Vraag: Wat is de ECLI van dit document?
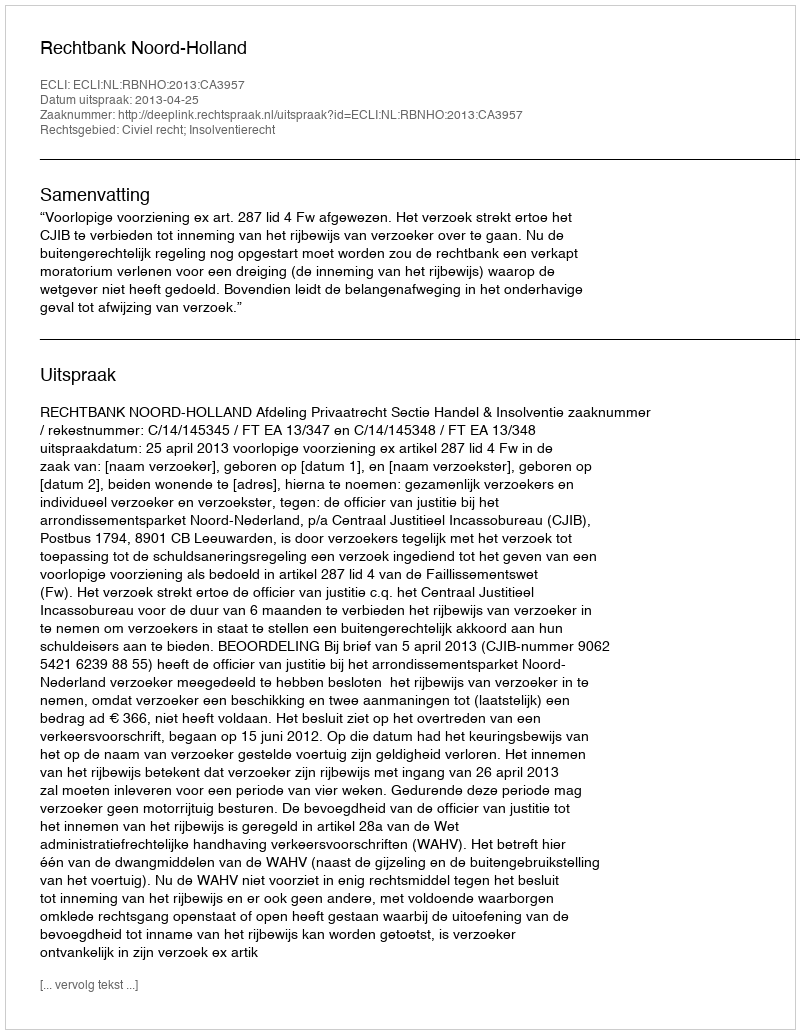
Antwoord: ECLI:NL:RBNHO:2013:CA3957